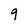
Character: 9